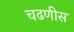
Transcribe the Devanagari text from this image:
चढणीस